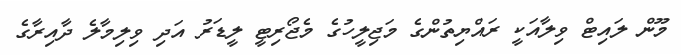
މޫން ލައިޓް ވިލާއަކީ ރައްޔިތުންގެ މަޖިލީހުގެ މެޖޯރިޓީ ލީޑަރު އަދި ވިލިމާލެ ދާއިރާގެ